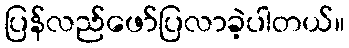
ပြန်လည်ဖော်ပြလာခဲ့ပါတယ်။